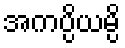
အကပ္ပိယမ္ပိ